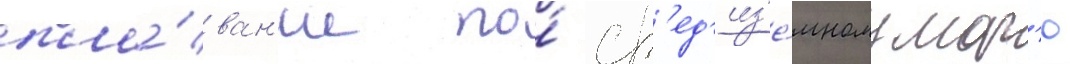
пла́ван'ие по́ ср'ед'из'е́мному мор'ю